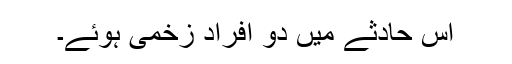
اس حادثے میں دو افراد زخمی ہوئے۔